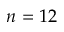
n = 1 2